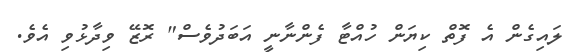
ލައިގެން އެ ފޮތް ކިޔަން ހުއްޓާ ފެންނާނީ އަބަދުވެސް" ރޮޒޭ ވިދާޅުވި އެވެ.